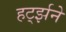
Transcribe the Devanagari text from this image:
हर्ट्झने